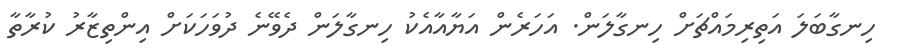
ހިނގާބަލަ އަތިރިމައްޗަށް ހިނގާލަން. އަހަރެން އަޔާއާއެކު ހިނގާލަން ދެވޭނެ ދުވަހަކަށް އިންތިޒާރު ކުރާތާ